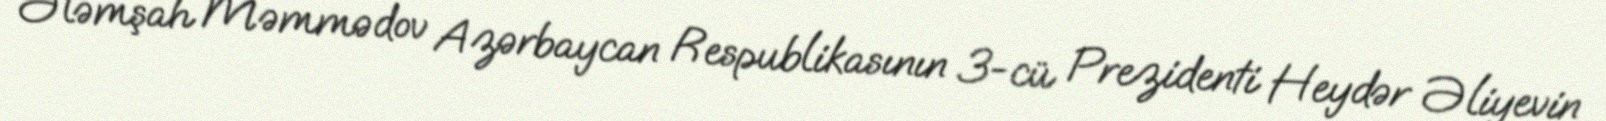
Ələmşah Məmmədov Azərbaycan Respublikasının 3-cü Prezidenti Heydər Əliyevin